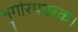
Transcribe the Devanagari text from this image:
शृगांरपपरक।